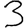
Digit: 3